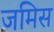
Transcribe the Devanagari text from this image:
जमिस